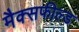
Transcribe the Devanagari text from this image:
मैक्सफील्ड